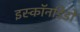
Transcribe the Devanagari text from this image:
इस्कॉनडिडो